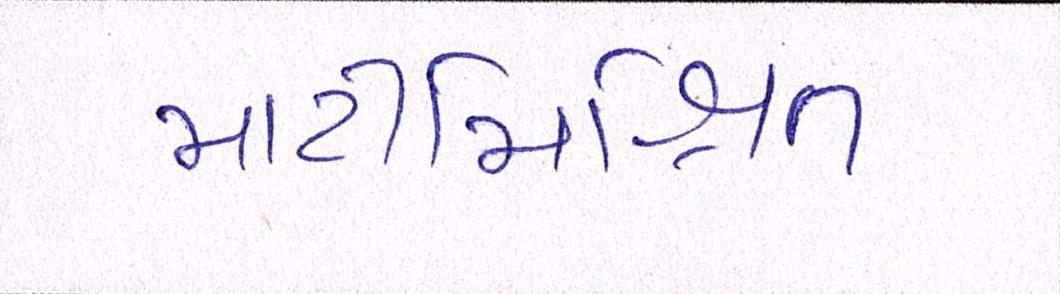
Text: માટીમિશ્રિત